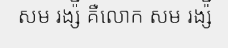
សម រង្ស៉ី គឺលោក សម រង្ស៉ី